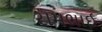
રામભાઈ